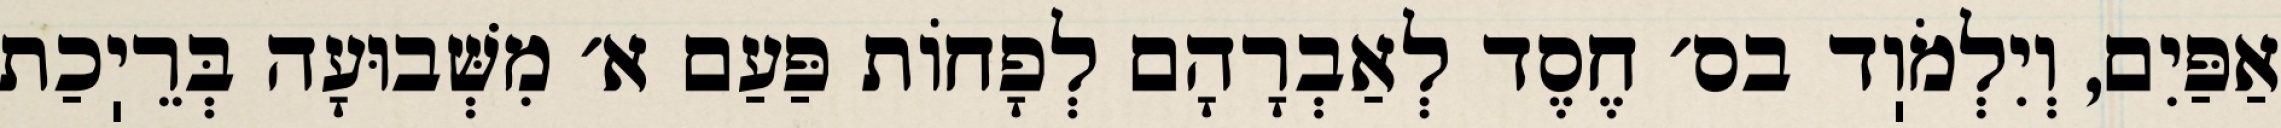
אַפַּיִם, וְיִלְמֹוֽד בס׳ חֶסֶד לְאַבְרָהָם לְפָחוֹת פַּעַם א׳ מִשְּׁבוּעָה בְּרֵיֽכַת